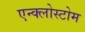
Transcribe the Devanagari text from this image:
एन्क्लोस्टोम